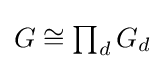
\textstyle G\cong \prod _{d}G_{d}